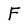
Character: F